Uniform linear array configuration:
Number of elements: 32
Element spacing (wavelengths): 0.75
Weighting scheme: blackman
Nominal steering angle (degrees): -30
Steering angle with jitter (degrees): -30.19
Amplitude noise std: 0.05
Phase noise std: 0.05

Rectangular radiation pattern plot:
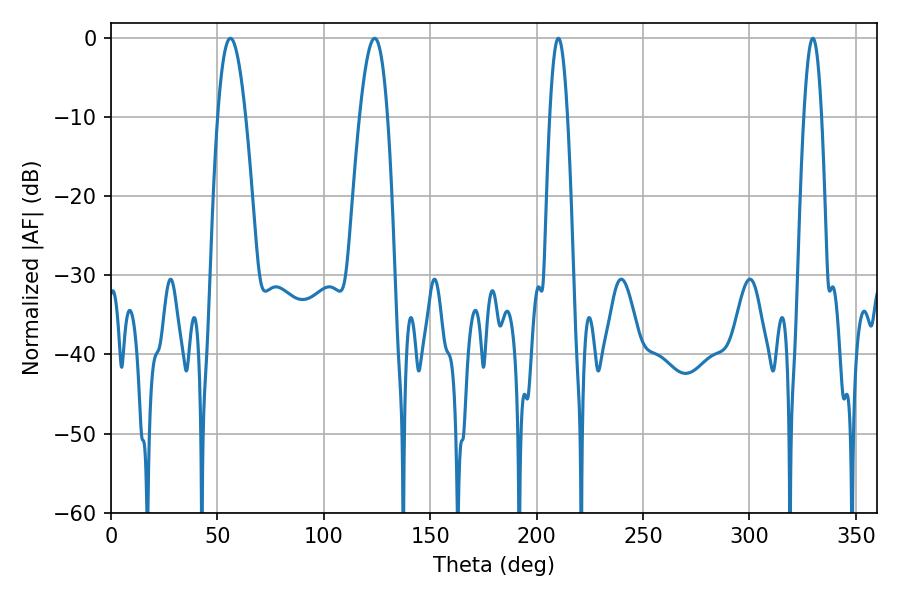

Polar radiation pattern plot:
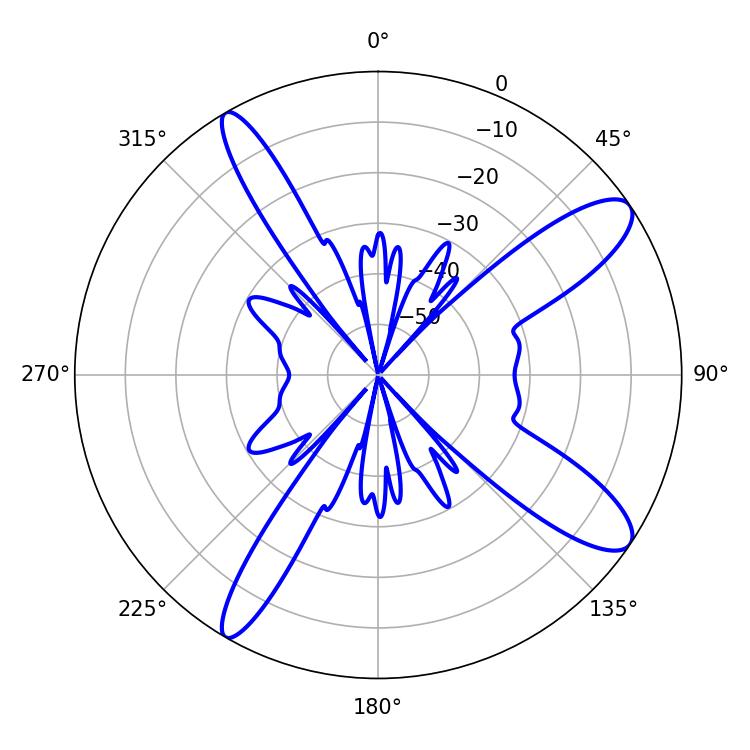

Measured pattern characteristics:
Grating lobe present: TRUE
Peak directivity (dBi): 11.585
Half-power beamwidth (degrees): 4.68
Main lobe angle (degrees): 329.76